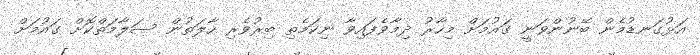
އަޅުގަނޑުމެން ބޭނުންވަނީ ގައުމަށް މިހާރު ދިމާވެފައިވާ ނިކަމެތި ބިރުވެރި ހާލަތުން ސަލާމަތްކޮށް ގައުމަށް